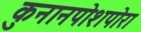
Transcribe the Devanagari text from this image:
कुनानपोशपोरा